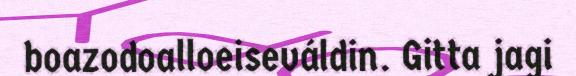
boazodoalloeiseváldin. Gitta jagi